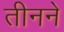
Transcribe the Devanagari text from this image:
तीनने